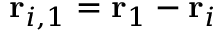
\mathbf { r } _ { i , 1 } = \mathbf { r } _ { 1 } - \mathbf { r } _ { i }